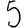
Digit: 5